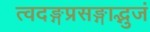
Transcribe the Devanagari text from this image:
त्वदङ्गप्रसङ्गाद्भुजं